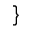
\}